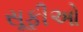
સૂફીઓ